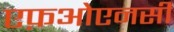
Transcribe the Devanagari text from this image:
एफ़ओएनसी